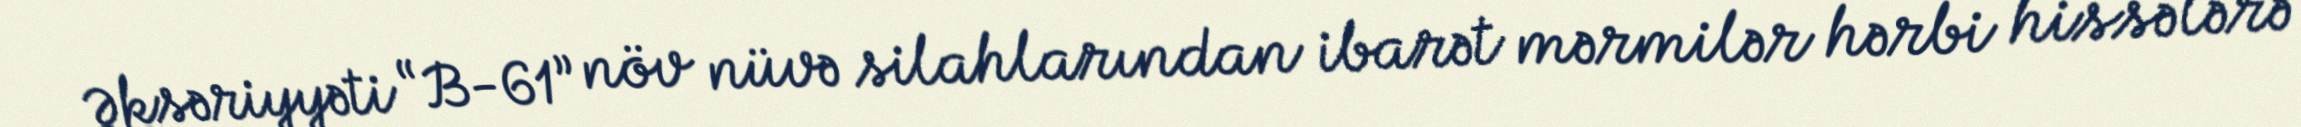
Əksəriyyəti “B-61” növ nüvə silahlarından ibarət mərmilər hərbi hissələrə